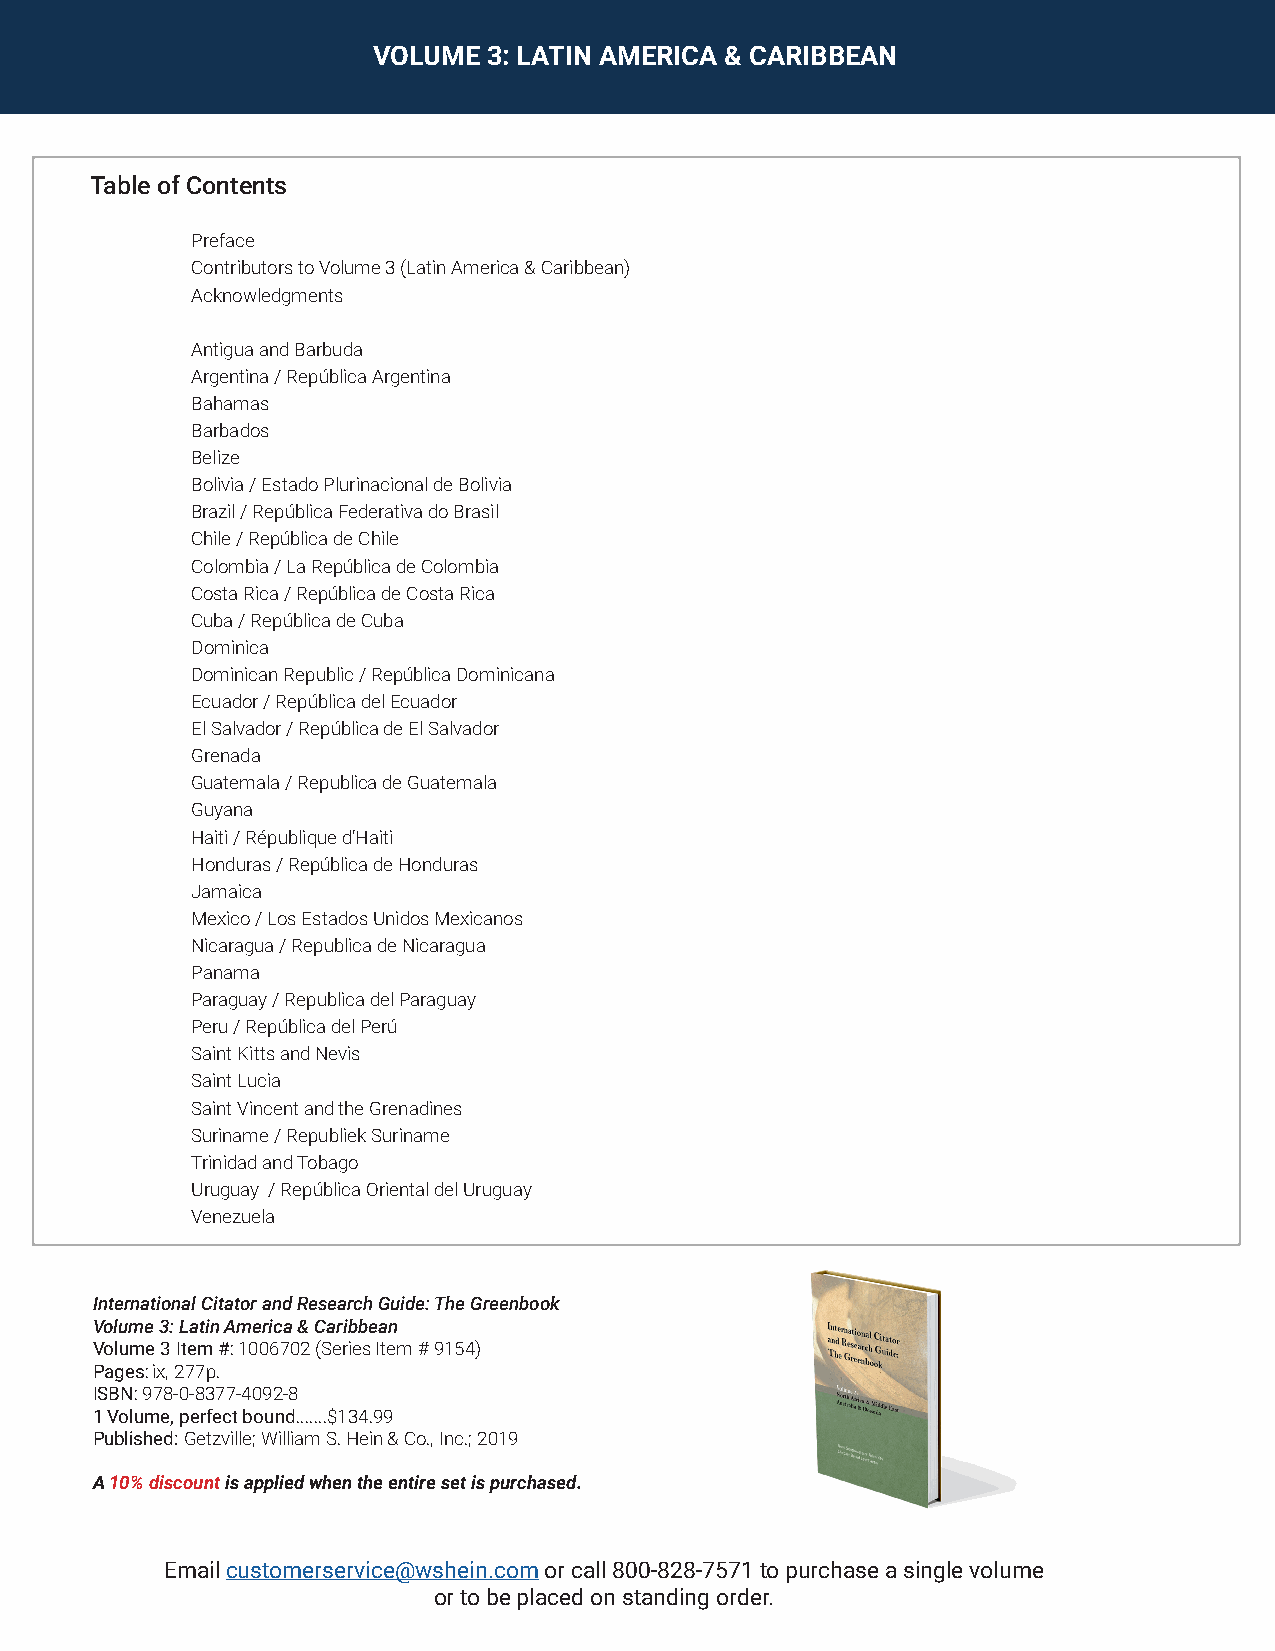
VOLUME 3: LATIN AMERICA & CARIBBEAN
 Table of Contents
 Preface
 Contributors to Volume 3 (Latin America & Caribbean)
 Acknowledgments
 Antigua and Barbuda
 Argentina / República Argentina
 Bahamas
 Barbados
 Belize
 Bolivia / Estado Plurinacional de Bolivia
 Brazil / República Federativa do Brasil
 Chile / República de Chile
 Colombia / La República de Colombia
 Costa Rica / República de Costa Rica
 Cuba / República de Cuba
 Dominica
 Dominican Republic / República Dominicana
 Ecuador / República del Ecuador
 El Salvador / República de El Salvador
 Grenada
 Guatemala / Republica de Guatemala
 Guyana
 Haiti / République d’Haiti
 Honduras / República de Honduras
 Jamaica
 Mexico / Los Estados Unidos Mexicanos
 Nicaragua / Republica de Nicaragua
 Panama
 Paraguay / Republica del Paraguay
 Peru / República del Perú
 Saint Kitts and Nevis
 Saint Lucia
 Saint Vincent and the Grenadines
 Suriname / Republiek Suriname
 Trinidad and Tobago
 Uruguay / República Oriental del Uruguay
 Venezuela
 International Citator and Research Guide: The Greenbook
 Volume 3: Latin America & Caribbean
 Volume 3 Item #: 1006702 (Series Item # 9154)
 Pages: ix, 277p.
 ISBN: 978-0-8377-4092-8
 1 Volume, perfect bound.......$134.99
 Published: Getzville; William S. Hein & Co., Inc.; 2019
 A 10% discount is applied when the entire set is purchased.
 Email customerservice@wshein.com or call 800-828-7571 to purchase a single volume
 or to be placed on standing order.